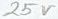
Text: 25V